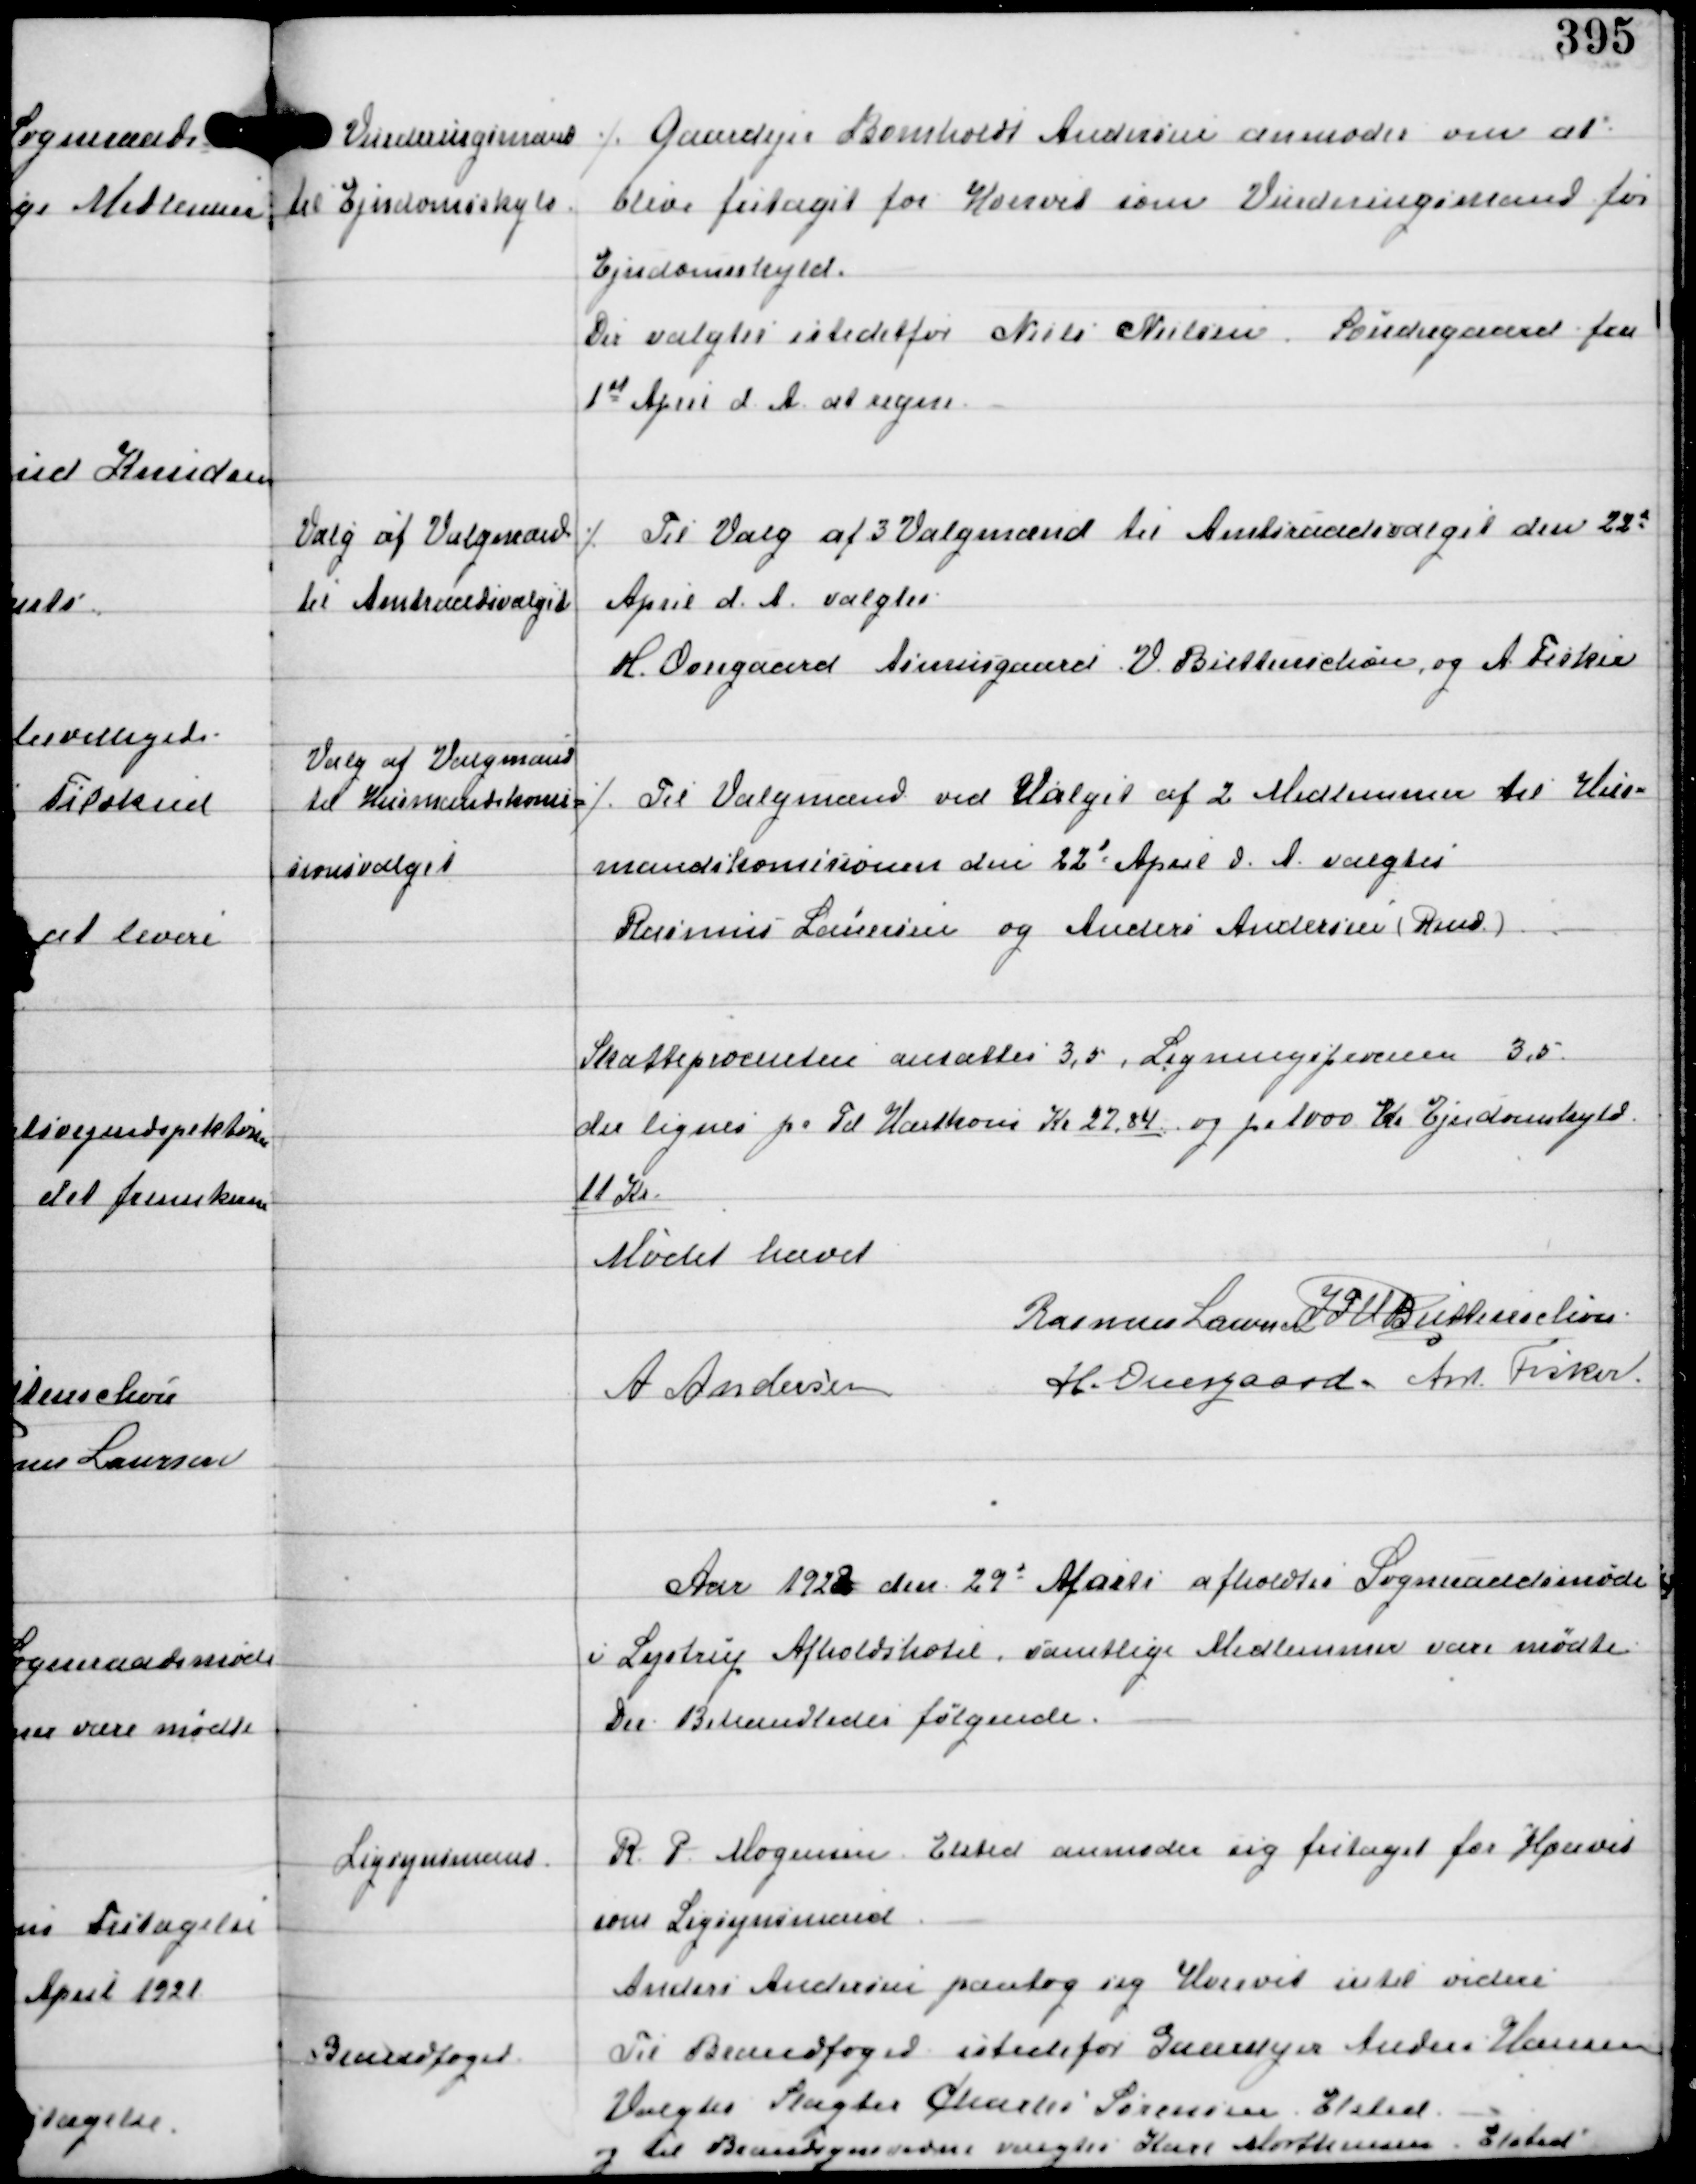
Transskription:
Vurderingsmand
til Ejendomsskyld

⁒ Gaardejer Bomholdt Andersen anmoder om at
blive fritaget for Hvervet som Vuderingsmand for
Ejendomsskyld
Der valgtes istedetfor Niels Nielsen Søndregaard fra
1st April d.A. at regne.

Valg af Valgmænd
til Amtsraadsvalget

⁒ Til Valg af 3 Valgmænd til Amtsraadsvalget den 23d
April d.A. valgtes
H Overgaard Asmusgaard V Buttenschøn og A Fisker

Valg af Valgmænd
til Husmandskomi-
sionsvalget

⁒ Til Valgmænd ved Valget af 2 Medlemmer til Hus-
mandskomissionen den 22d April d.A. valgtes
Rasmus Laursen og Anders Andersen (Rind)

Skatteprocenten ansættes 3,5, Ligningsprocenten 3,5
der lignes pr Td Hartkorn Kr 22.84 og pr 1000 Kr Ejendomsskyld
11 Kr

Mødet hævet
Rasmus Laursen IFV Buttenschøn
A Andersen
H. Overgaard. Ant Fisker.

Aar 1922 den 29d Marts afholdtes Sogneraadsmøde
i Lystrup Afholdshotel, samtlige Medlemmer vare mødte
Der Behandledes følgende.

Ligsynsmand

R. P. Mogensen Elsted anmoder sig fritaget for Hvervet
som Ligsynsmand
Anders Andersen paatog sig Hvervet intil videre

Brandfoged

Til Brandfoged istedetfor Gaardejer Anders Hansen
Valgtes Slagter Charles Sørensen Elsted
og til Brandsynsvidne valgtes Karl Mortensen Elsted